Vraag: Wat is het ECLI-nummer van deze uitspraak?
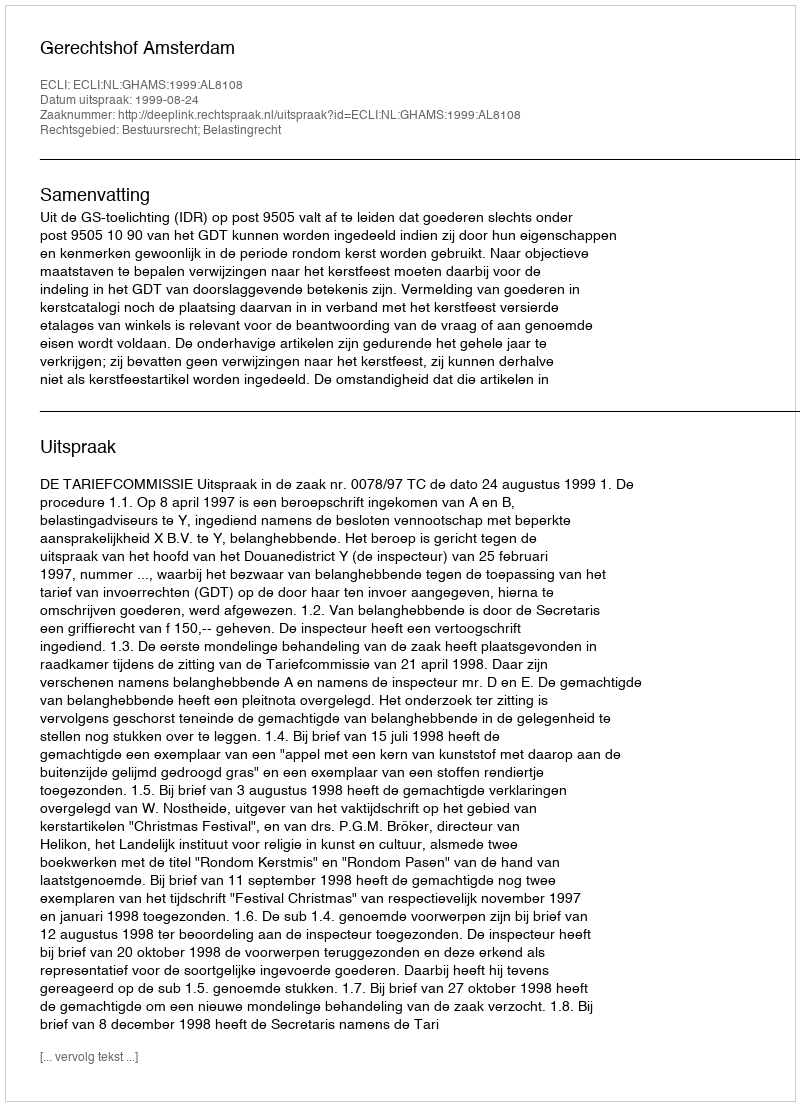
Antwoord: ECLI:NL:GHAMS:1999:AL8108